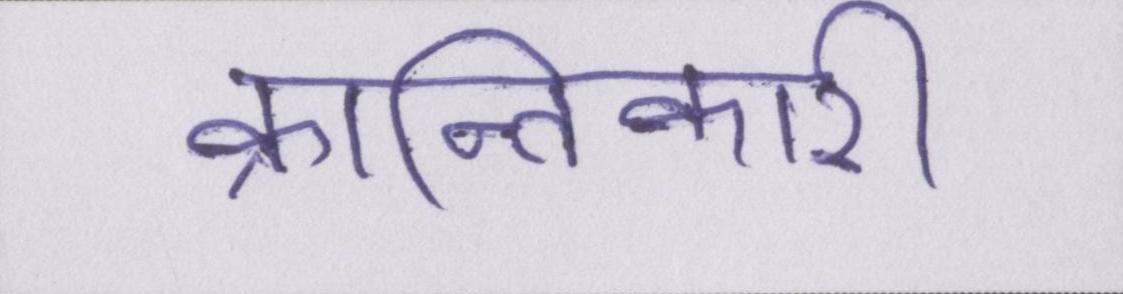
क्रान्तिकारी